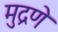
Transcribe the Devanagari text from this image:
मुद्रणे